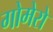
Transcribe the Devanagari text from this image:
गोमेरो